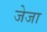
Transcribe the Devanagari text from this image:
जेजा